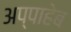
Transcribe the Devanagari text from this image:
अप्पाहेब